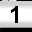
Digit: 1